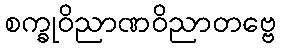
စက္ခုဝိညာဏဝိညာတဗ္ဗေ